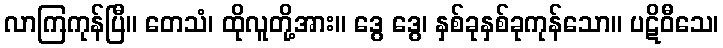
လာကြကုန်ပြီ။ တေသံ၊ ထိုလူတို့အား။ ဒွေ ဒွေ၊ နှစ်ခုနှစ်ခုကုန်သော။ ပဋိဝီသေ၊